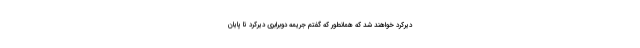
دیرکرد خواهند شد که همانطور که گفتم جریمه دوبرابری دیرکرد تا پایان